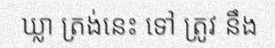
ឃ្លា ត្រង់នេះ ទៅ ត្រូវ នឹង